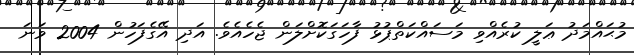
މުޙައްމަދު ޢަލީ ކުރެއްވި މަސައްކަތްޕުޅު ފާހަގަކޮށްލަން ޖެހެއެވެ. އަދި އޭގެފަހުން 2004 ވަނަ